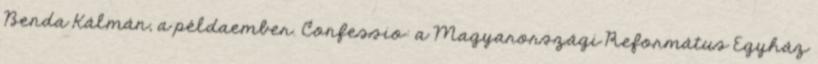
Benda Kálmán, a példaember. Confessio: a Magyarországi Református Egyház